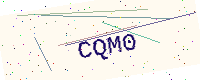
Text: CQM0